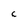
Character: C